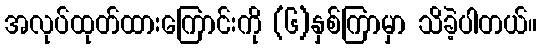
အလုပ်ထုတ်ထားကြောင်းကို (၆)နှစ်ကြာမှာ သိခဲ့ပါတယ်။